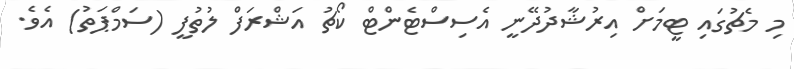
މި މެޗުގައި ޓީމަށް އިރުޝާދުދޭނީ އެސިސްޓެންޓް ކޯޗު އަޝްރަފް ލުތުފީ (ސަމްޕަތު) އެވެ.